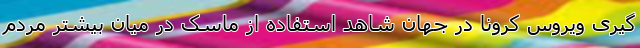
گیری ویروس کرونا در جهان شاهد استفاده از ماسک در میان بیشتر مردم